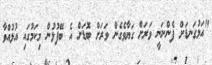
"އަޅުގަނޑަށް ފެންނަނީ ވަރަށް ގަޔާވެގެން ވަރަށް ބޮޑަށް އެ ބޭފުޅުން މިކަަމުގައި އުޅުއްވާ